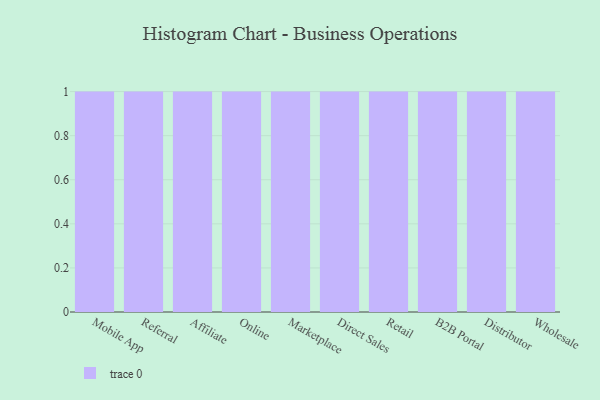
{"axis": {"x": "Channel", "y": "Shipments"}, "legend": [""], "data": [{"x": "Mobile App", "y": 3, "type": ""}, {"x": "Referral", "y": 31, "type": ""}, {"x": "Affiliate", "y": 37, "type": ""}, {"x": "Online", "y": 51, "type": ""}, {"x": "Marketplace", "y": 82, "type": ""}, {"x": "Direct Sales", "y": 3, "type": ""}, {"x": "Retail", "y": 85, "type": ""}, {"x": "B2B Portal", "y": 49, "type": ""}, {"x": "Distributor", "y": 68, "type": ""}, {"x": "Wholesale", "y": 78, "type": ""}]}